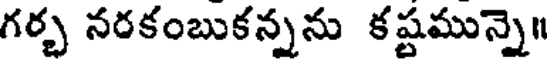
గర్భ నరకంబుకన్నను కష్టమున్నె॥